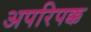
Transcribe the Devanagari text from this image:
अपरिपक्क